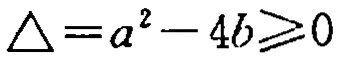
\(\triangle = a^{2}-4b\geqslant0\)